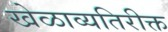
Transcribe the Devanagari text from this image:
खेळाव्यतिरीक्त